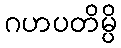
ဂဟပတိမ္ပိ